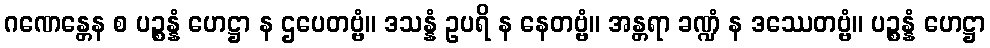
ဂဏေန္တေန စ ပဉ္စန္နံ ဟေဋ္ဌာ န ဌပေတဗ္ဗံ။ ဒသန္နံ ဥပရိ န နေတဗ္ဗံ။ အန္တရာ ခဏ္ဍံ န ဒဿေတဗ္ဗံ။ ပဉ္စန္နံ ဟေဋ္ဌာ